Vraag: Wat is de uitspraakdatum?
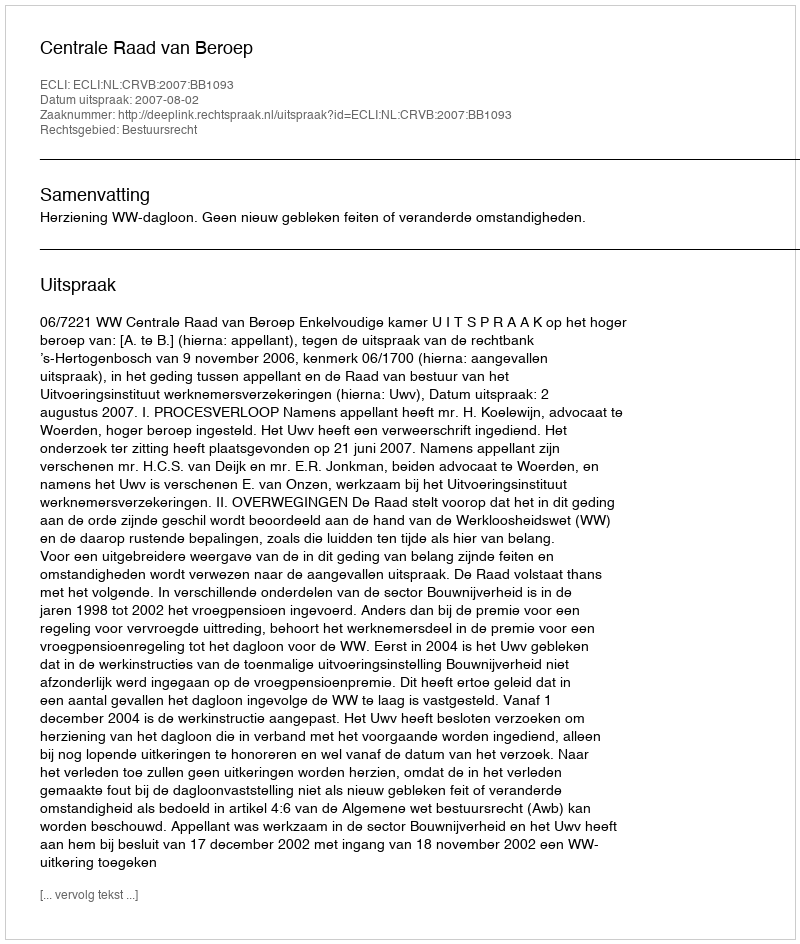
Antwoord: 2007-08-02